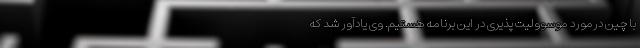
با چین درمورد موسوولیت پذیری در این برنامه هستیم. وی یادآور شد که